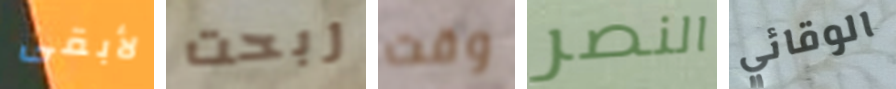
لأبقى ربحت وقت النصر الوقائي